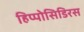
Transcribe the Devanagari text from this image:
हिप्पोसिडिरस